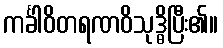
ကင်္ခါဝိတရဏဝိသုဒ္ဓိပြီး၏။